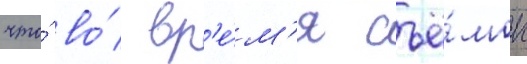
что́ во́ вр'е́м'я съё́мок